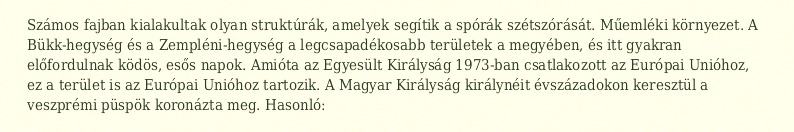
Számos fajban kialakultak olyan struktúrák, amelyek segítik a spórák szétszórását. Műemléki környezet. A Bükk-hegység és a Zempléni-hegység a legcsapadékosabb területek a megyében, és itt gyakran előfordulnak ködös, esős napok. Amióta az Egyesült Királyság 1973-ban csatlakozott az Európai Unióhoz, ez a terület is az Európai Unióhoz tartozik. A Magyar Királyság királynéit évszázadokon keresztül a veszprémi püspök koronázta meg. Hasonló: